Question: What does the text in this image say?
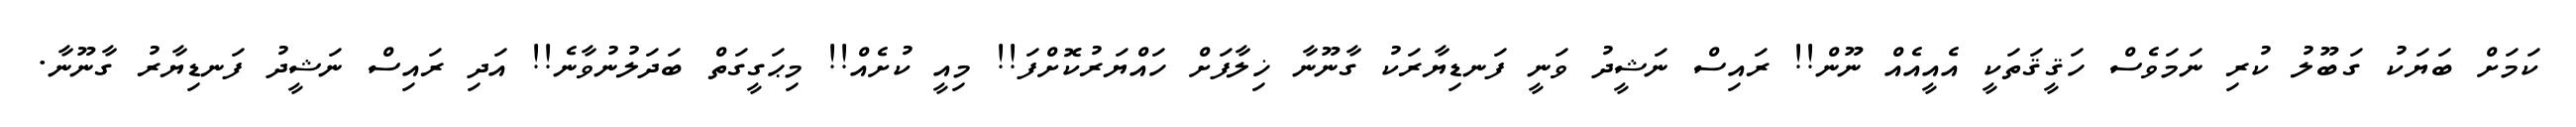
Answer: ކަމަށް ބަޔަކު ގަބޫލު ކުރި ނަމަވެސް ހަޤީޤަތަކީ އެއީއެއް ނޫން!! ރައިސް ނަޝީދު ވަނީ ފަނޑިޔާރަކު ގާނޫނާ ޚިލާފަށް ހައްޔަރުކޮށްފަ!! މިއީ ކުށެއް!! މިޙަގީގަތް ބަދަލުނުވާނެ!! އަދި ރައިސް ނަޝީދު ފަނޑިޔާރު ގާނޫނާ.